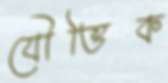
যৌত্তিক